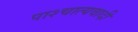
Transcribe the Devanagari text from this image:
पाश्चात्यवादी